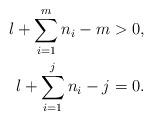
LaTeX: \begin{align*}l+\sum_{i=1}^{m} n_i-m > 0, & \\l+\sum_{i=1}^{j} n_i-j = 0.&\end{align*}